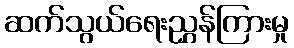
ဆက်သွယ်ရေးညွှန်ကြားမှု